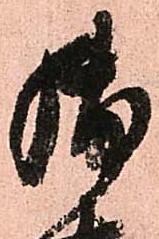
御